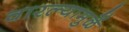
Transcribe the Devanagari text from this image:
वारल्यामुळें